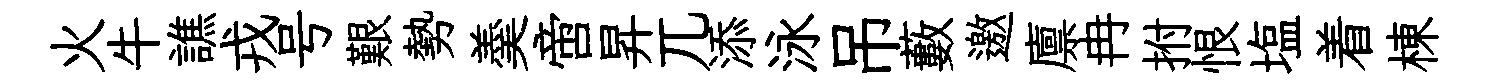
火牛譙戎号艱勢羮啻昇兀添泳吊藪邀廪冉拊恨塩着棟